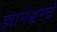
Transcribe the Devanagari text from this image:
ज्ञानेश्वरचे